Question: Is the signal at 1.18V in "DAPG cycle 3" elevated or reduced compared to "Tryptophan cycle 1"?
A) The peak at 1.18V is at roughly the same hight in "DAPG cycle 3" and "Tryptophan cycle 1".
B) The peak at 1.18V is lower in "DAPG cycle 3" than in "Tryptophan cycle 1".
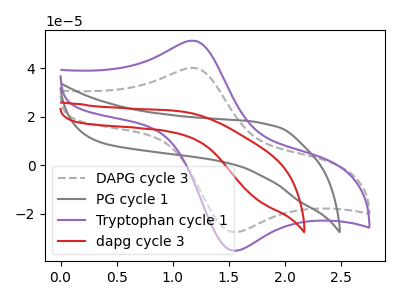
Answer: <think>The gray dashed curve "DAPG cycle 3" has an anodic peak at (1.20V, 40.20uA) and a cathodic peak at (1.55V, -27.45uA). The gray curve "PG cycle 1" has no peaks. The purple curve "Tryptophan cycle 1" has an anodic peak at (1.20V, 51.40uA) and a cathodic peak at (1.55V, -35.10uA). The red curve "dapg cycle 3" has no peaks.</think>
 <answer>B) The peak at 1.18V is lower in "DAPG cycle 3" than in "Tryptophan cycle 1".</answer>
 <eval>B</eval>